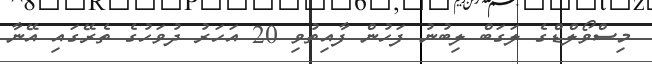
މިސްވޯލްޑްގެ ލަގަބް ލިބުނު ފަހުން ފާއިތުވި 20 އަހަރު ދުވަހުގެ ތެރޭގައި އޭނާ